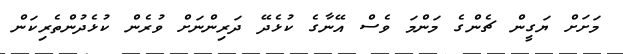
މަށަށް ޔަގީން ޗެންގެ މަންމަ ވެސް އޭނާގެ ކުޅެދޭ ދަރިންނަށް ވުރެން ކުޅެދުންތެރިކަން